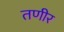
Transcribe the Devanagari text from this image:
तणीर